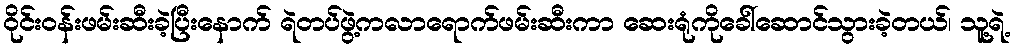
ဝိုင်းဝန်းဖမ်းဆီးခဲ့ပြီးနောက် ရဲတပ်ဖွဲ့ကလာရောက်ဖမ်းဆီးကာ ဆေးရုံကိုခေါ်ဆောင်သွားခဲ့တယ်၊ သူ့ရဲ့